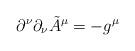
LaTeX: \begin{align*}\partial^{\nu}\partial_{\nu} \tilde{A}^{\mu} = -g^{\mu}\end{align*}